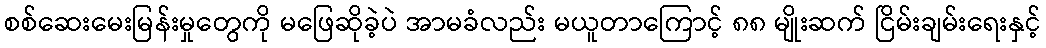
စစ်ဆေးမေးမြန်းမှုတွေကို မဖြေဆိုခဲ့ပဲ အာမခံလည်း မယူတာကြောင့် ၈၈ မျိုးဆက် ငြိမ်းချမ်းရေးနှင့်